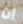
إن